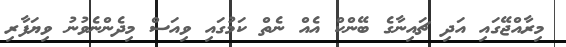
މިރާއްޖޭގައި އަދި ޗައިނާގެ ބޭންކް އެއް ނެތް ކަމުގައި ވިއަސް މިދެންނެވުނު ވިޔަފާރި